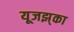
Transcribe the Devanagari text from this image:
यूजझ्‌का